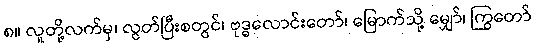
၈။ လူတို့လက်မှ၊ လွတ်ပြီးစတွင်၊ ဗုဒ္ဓလောင်းတော်၊ မြောက်သို့ မျှော်၊ ကြွတော်